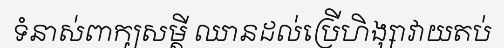
ទំនាស់ពាក្យសម្តី ឈានដល់ប្រើហិង្សាវាយតប់